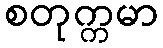
စတုက္ကမာ